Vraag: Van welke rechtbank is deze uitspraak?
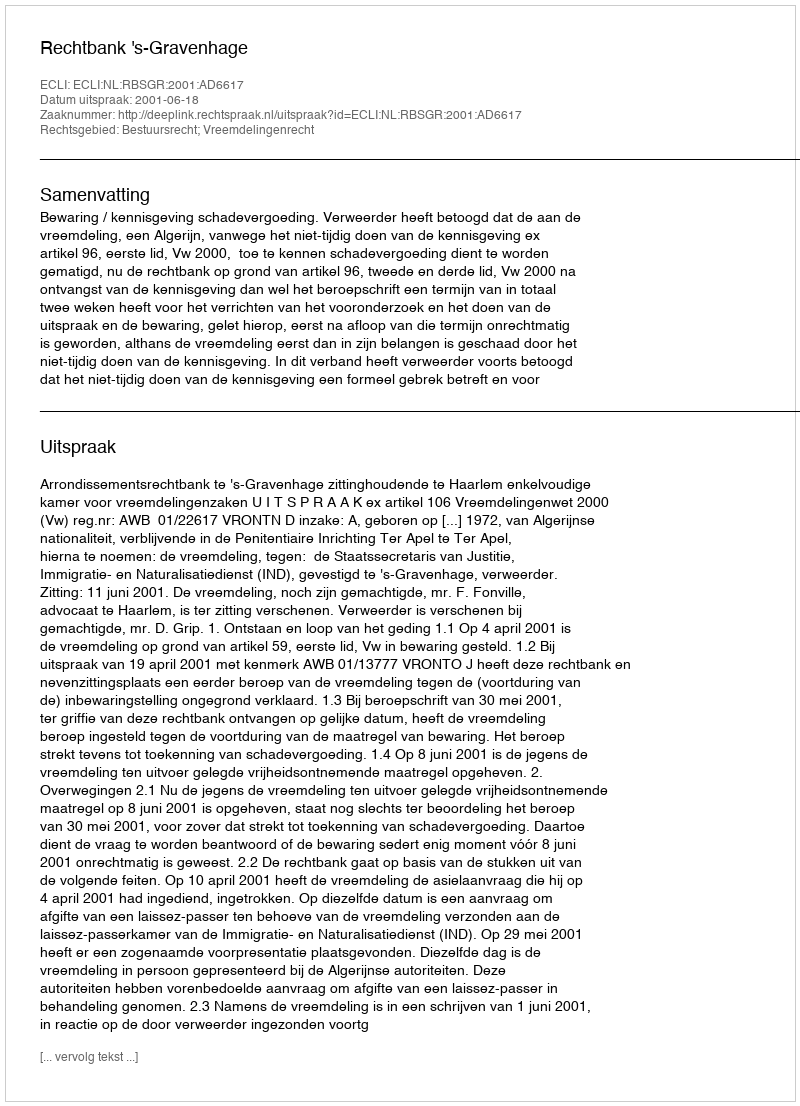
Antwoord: Rechtbank 's-Gravenhage